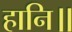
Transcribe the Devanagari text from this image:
हानि॥